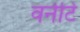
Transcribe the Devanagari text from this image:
वर्नेटि